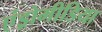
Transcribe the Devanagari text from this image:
एंड्रोमीडिया